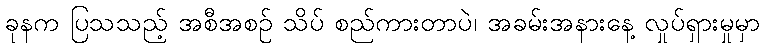
ခုနက ပြသသည့် အစီအစဉ် သိပ် စည်ကားတာပဲ၊ အခမ်းအနားနေ့ လှုပ်ရှားမှုမှာ